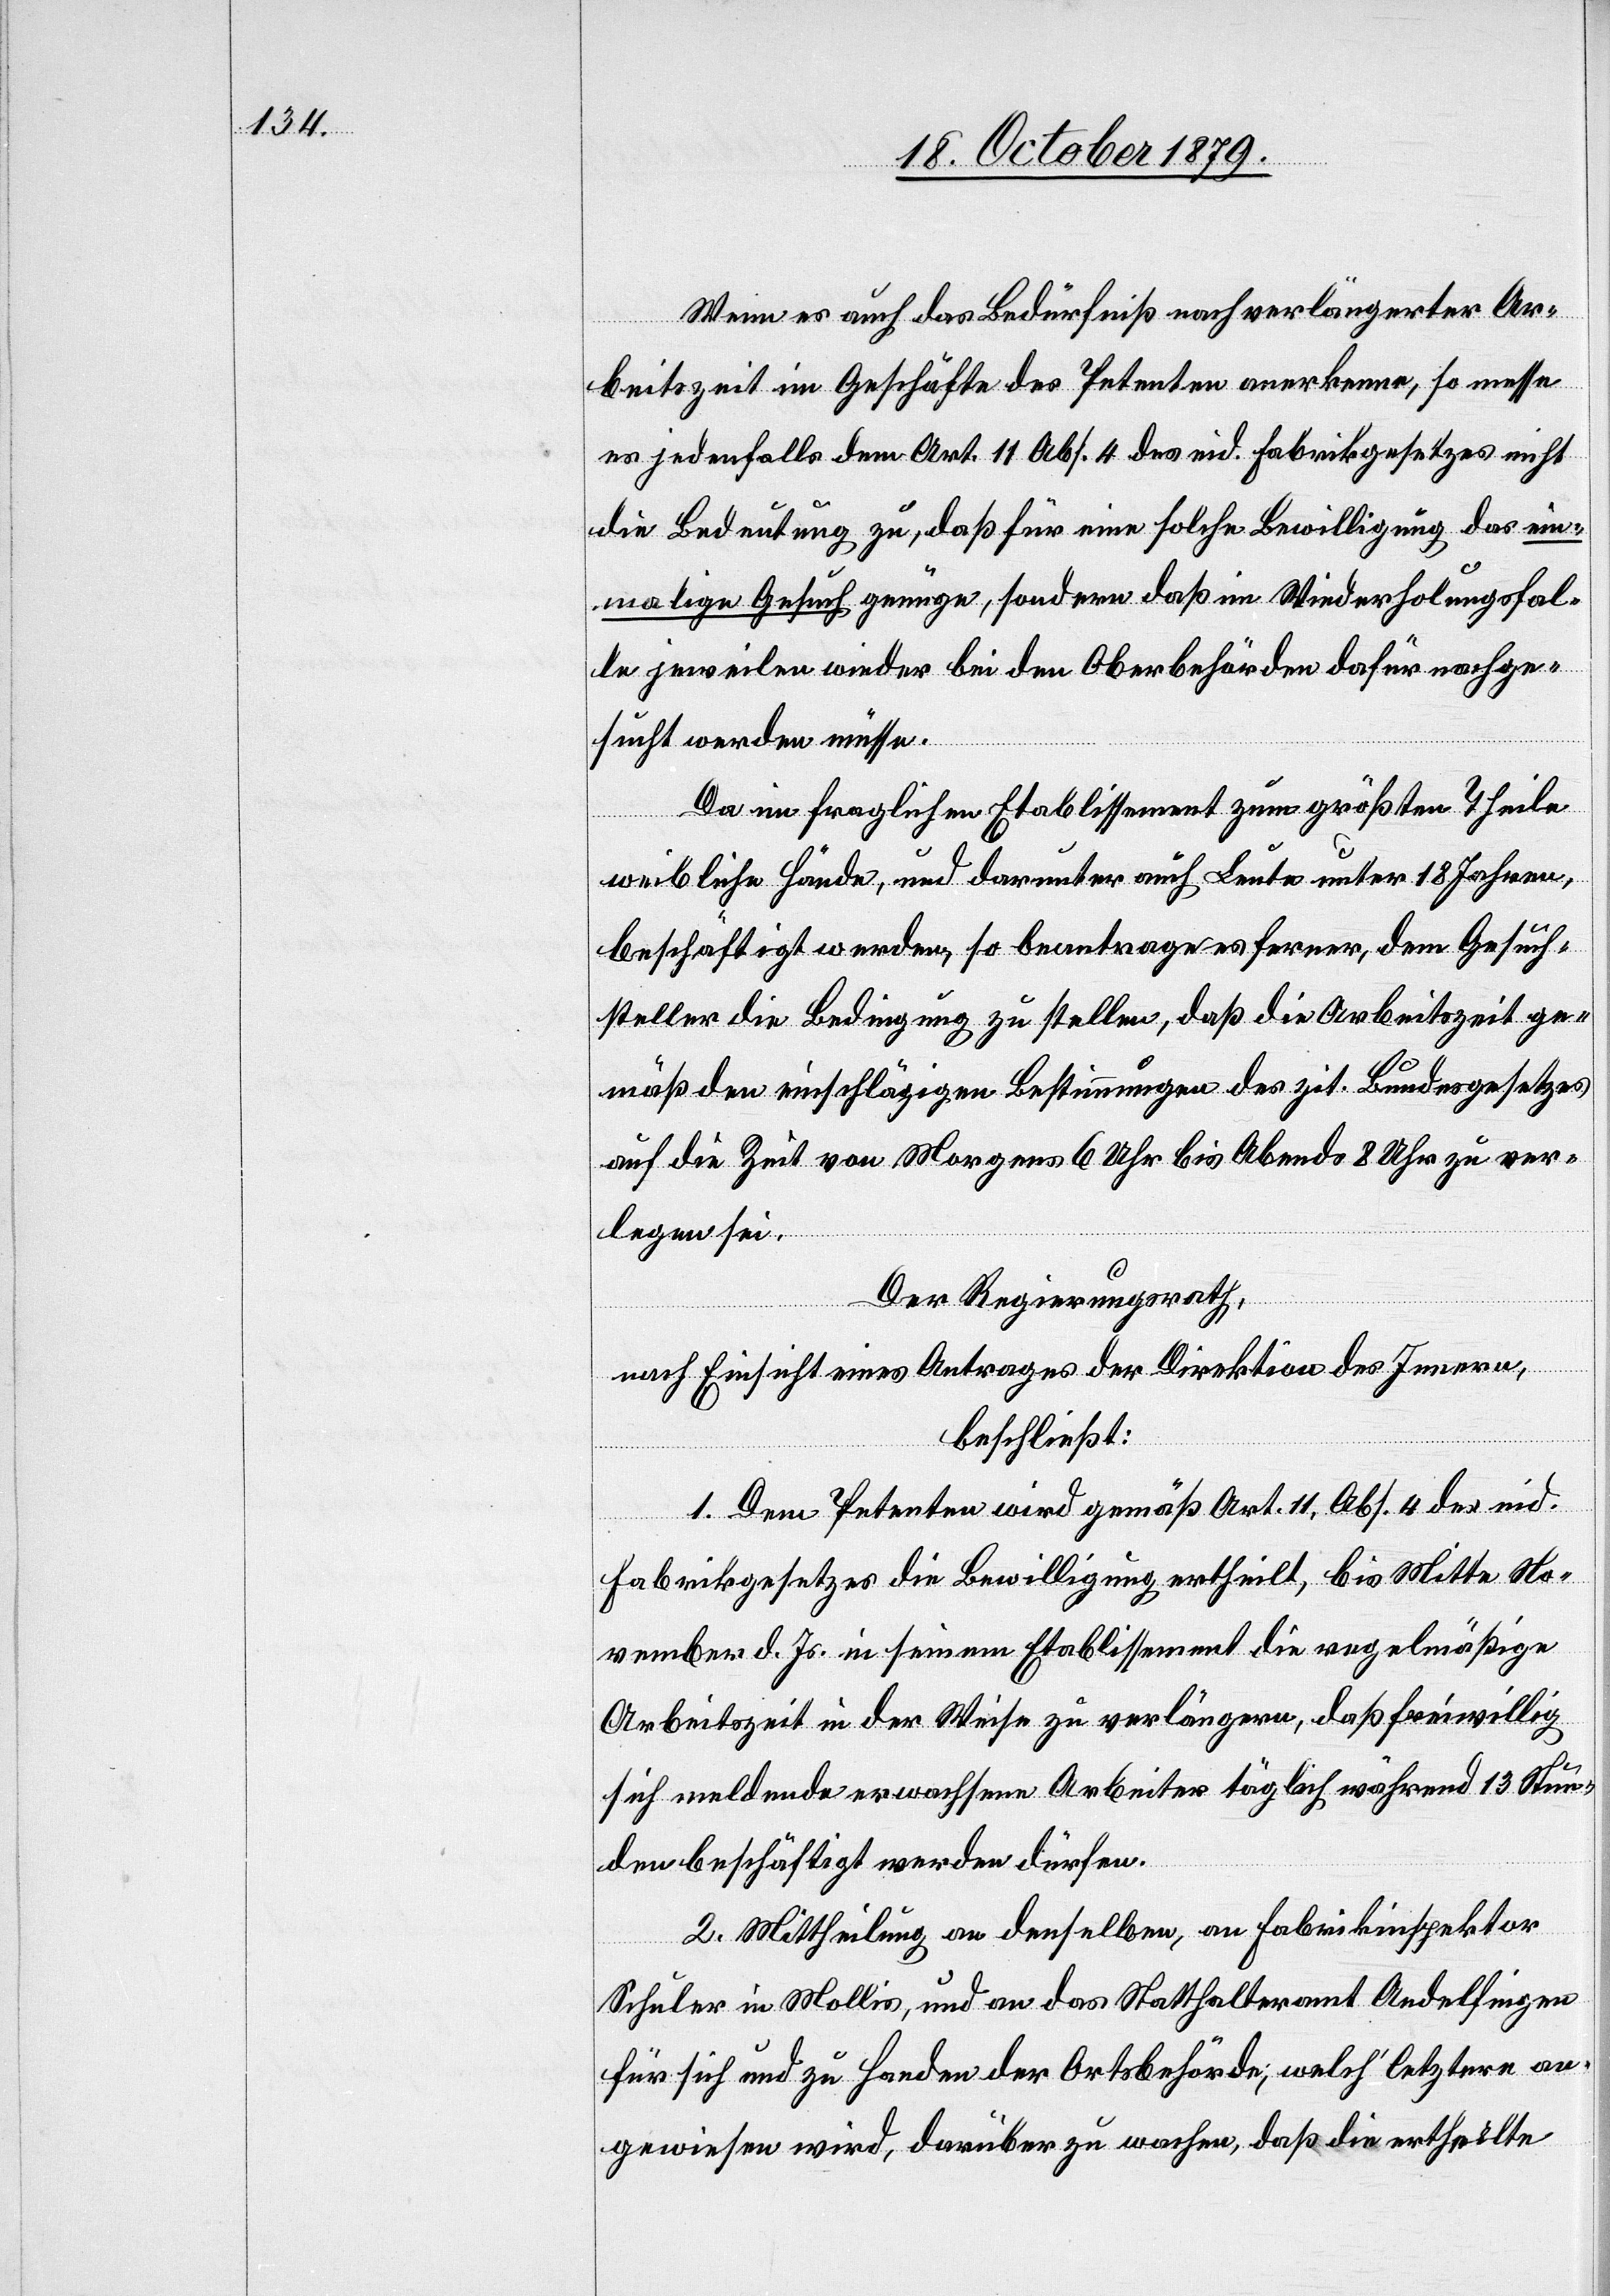
Wenn es auch das Bedürfnis nach verlängerter Ar¬
beitszeit im Geschäfte des Petenten anerkenne, so messe
es jedenfalls dem Art. 11 Abs. 4 des eid. Fabrikgesetzes nicht
die Bedeutung zu, daß für eine solche Bewilligung das ein¬
malige Gesuch genüge, sondern daß im Wiederholungsfal¬
le jeweilen wieder bei den Oberbehörden dafür nachge¬
sucht werden müsse.
Da im fraglichen Etablissement zum größten Theile
weibliche Hände, und darunter auch Leute unter 18 Jahren,
beschäftigt werden, so beantrage es ferner, dem Gesuch¬
steller die Bedingung zu stellen, daß die Arbeitszeit ge¬
mäß den einschlägigen Bestimmungen des zit. Bundesgesetzes
auf die Zeit von Morgens 6 Uhr bis Abend 8 Uhr zu ver¬
legen sei.
Der Regierungsrath,
nach Einsicht eines Antrages der Direktion des Innern,
beschließt:
1. Dem Petenten wird gemäß Art. 11, Abs. 4 des eid.
Fabrikgesetzes die Bewilligung ertheilt, bis Mitte No¬
vember d. Js. in seinem Etablissement die regelmäßige
Arbeitszeit in der Weise zu verlängern, daß freiwillig
sich meldende erwachsene Arbeiter täglich während 13 Stun¬
den beschäftigt werden dürfen.
2. Mittheilung an denselben, an Fabrikinspektor
Schuler in Mollis, und an das Statthalteramt Andelfingen
für sich und zu Handen der Ortsbehörde; welch’ letztere an¬
gewiesen wird, darüber zu wachen, daß die ertheilte